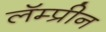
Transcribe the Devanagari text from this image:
लॅम्प्रीन